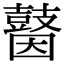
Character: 𪔗